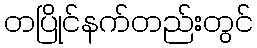
တပြိုင်နက်တည်းတွင်